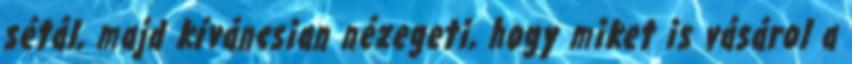
sétál, majd kíváncsian nézegeti, hogy miket is vásárol a